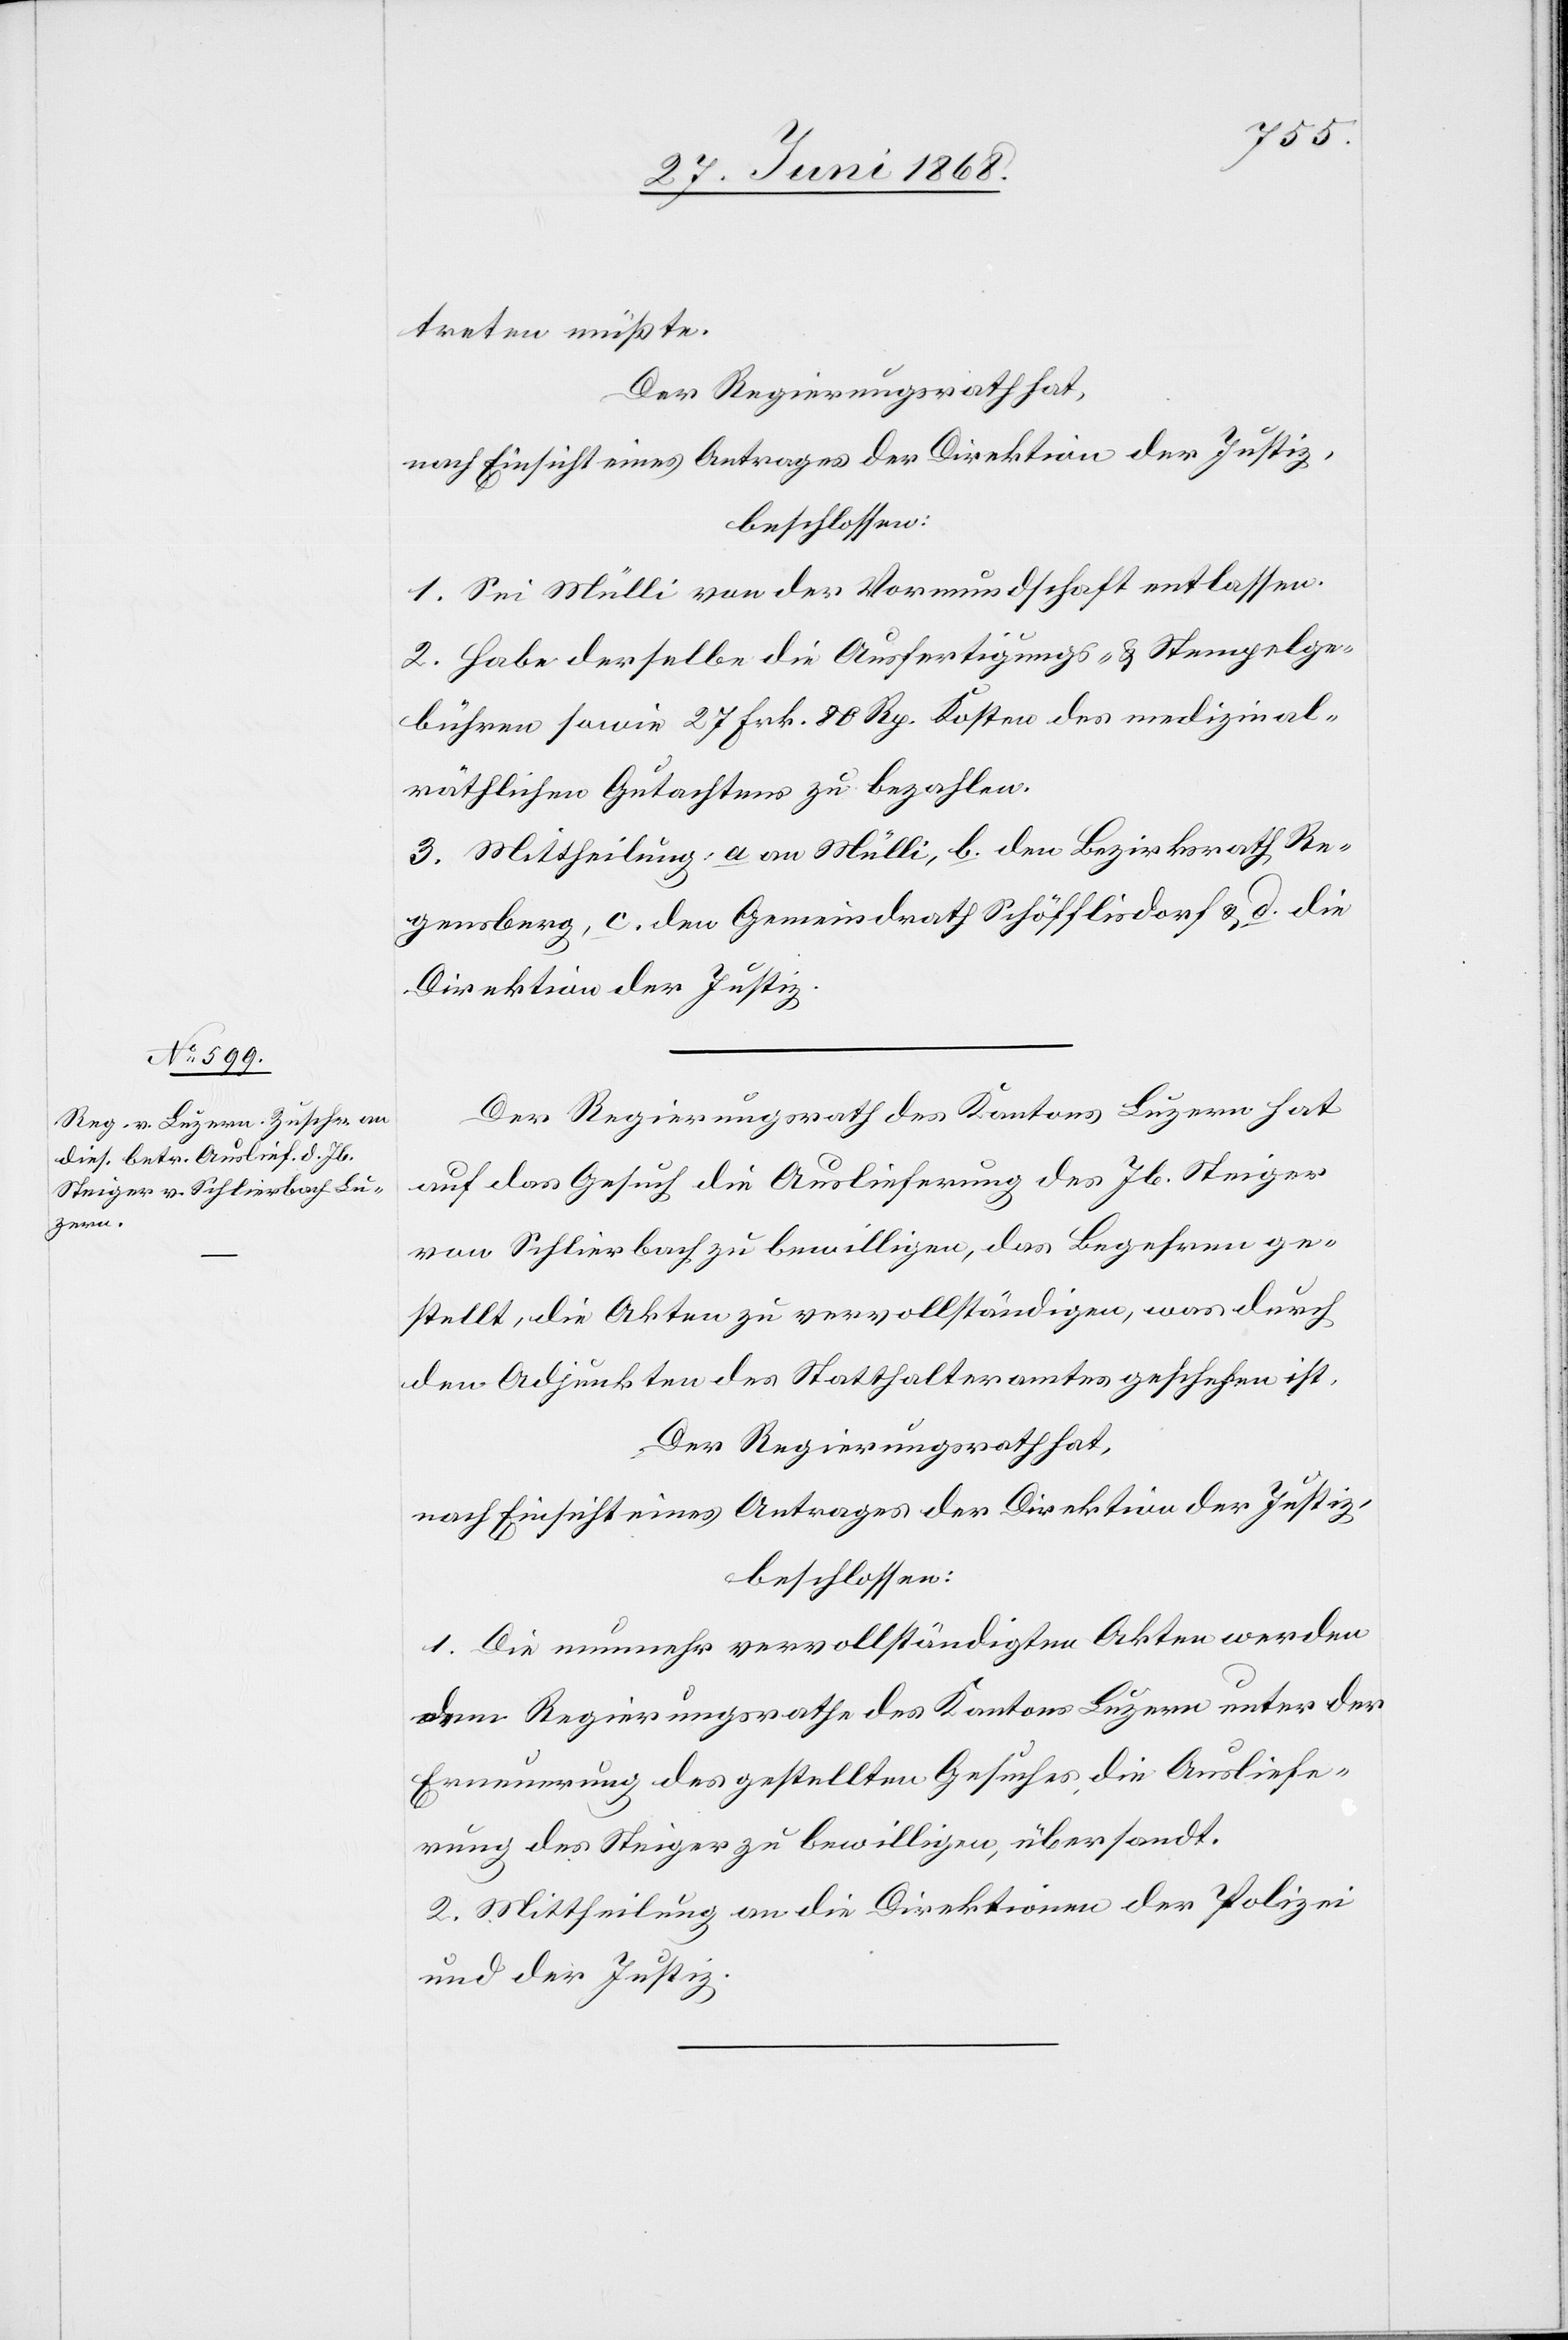
treten müßte.
Der Regierungsrath hat,
nach Einsicht eines Antrages der Direktion der Justiz,
beschlossen:
1. Sei Mülli von der Vormundschaft entlassen.
2. Habe derselbe die Ausfertigungs- & Stempelge¬
bühren sowie 27 Frk. 80 Rp. Kosten des medizinal¬
räthlichen Gutachtens zu bezahlen.
3. Mittheilung: a. an Mülli, b. den Bezirksrath Re¬
gensberg, c. den Gemeindrath Schöfflisdorf & d. die
Direktion der Justiz.
Der Regierungsrath des Kantons Luzern hat
auf das Gesuch die Auslieferung des Jb. Steiger
von Schlierbach zu bewilligen, das Begehren ge¬
stellt, die Akten zu vervollständigen, was durch
den Adjunkten des Statthalteramtes geschehen ist.
Der Regierungsrath hat,
nach Einsicht eines Antrages der Direktion der Justiz,
beschlossen:
1. Die nunmehr vervollständigten Akten werden
dem Regierungsrathe des Kantons Luzern unter der
Erneuerung des gestellten Gesuches, die Ausliefe¬
rung des Steiger zu bewilligen, übersandt.
2. Mittheilung an die Direktionen der Polizei
und der Justiz.